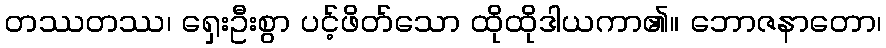
တဿတဿ၊ ရှေးဦးစွာ ပင့်ဖိတ်သော ထိုထိုဒါယကာ၏။ ဘောဇနာတော၊